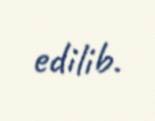
edilib.